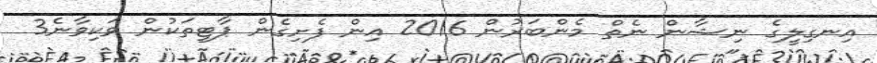
އިނގިލީގެ ނިޝާން ނެތް މެންބަރުން 2016 އިން ފެށިގެން ޕާޓީތަކުން ވަކިވާނެ3